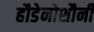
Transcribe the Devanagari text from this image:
हौडेनोशौनी